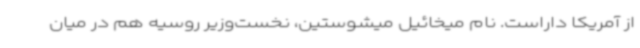
از آمریکا داراست. نام میخائیل میشوستین، نخست‌وزیر روسیه هم در میان